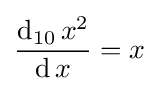
{\frac {\operatorname {d} _{10}x^{2}}{\operatorname {d} x}}=x